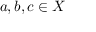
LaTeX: a , b , c \in X